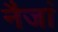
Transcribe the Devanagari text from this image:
नैजां